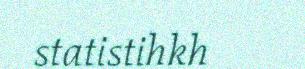
statistihkh